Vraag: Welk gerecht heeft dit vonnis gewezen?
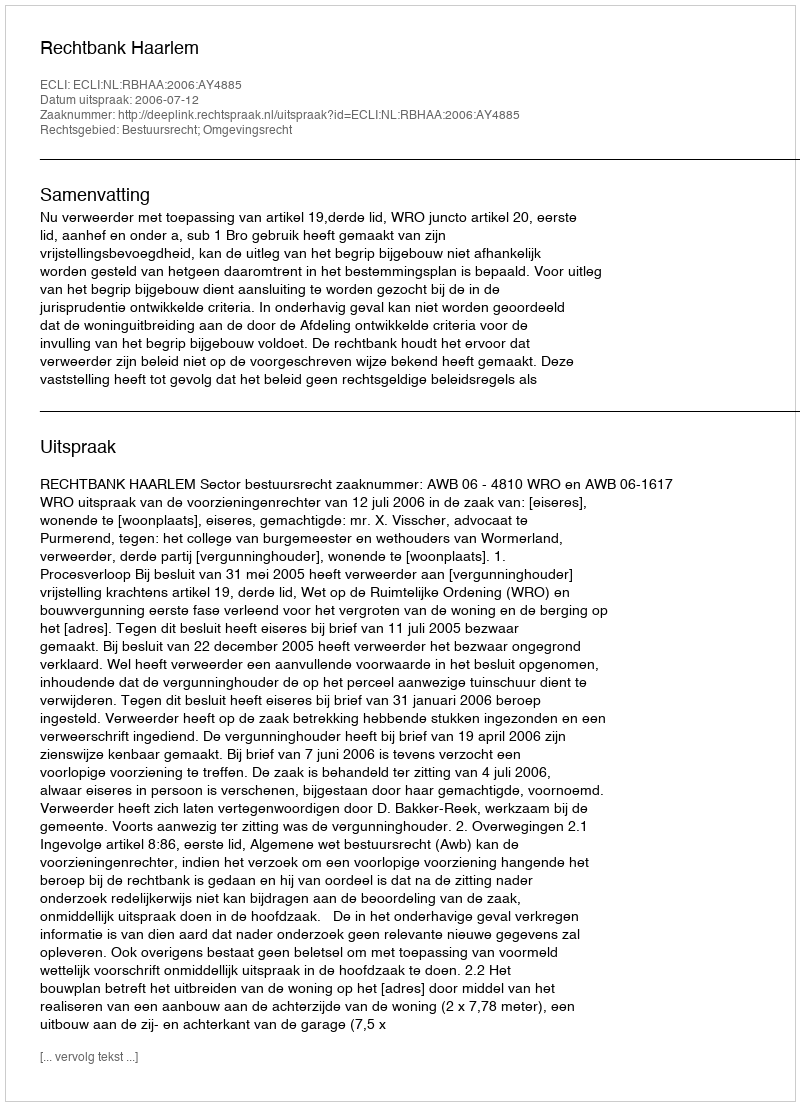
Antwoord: Rechtbank Haarlem